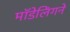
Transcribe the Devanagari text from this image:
मॉडेलिंगने